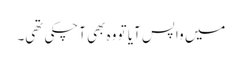
میں واپس آیا تو وہ بھی آچکی تھی۔